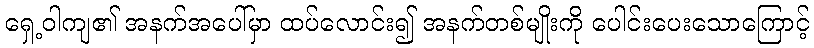
ရှေ့ဝါကျ၏ အနက်အပေါ်မှာ ထပ်လောင်း၍ အနက်တစ်မျိုးကို ပေါင်းပေးသောကြောင့်